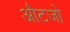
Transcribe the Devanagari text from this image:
औटजो